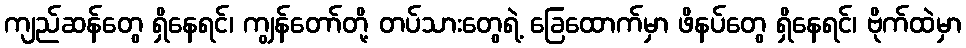
ကျည်ဆန်တွေ ရှိနေရင်၊ ကျွန်တော်တို့ တပ်သားတွေရဲ့ ခြေထောက်မှာ ဖိနပ်တွေ ရှိနေရင်၊ ဗိုက်ထဲမှာ